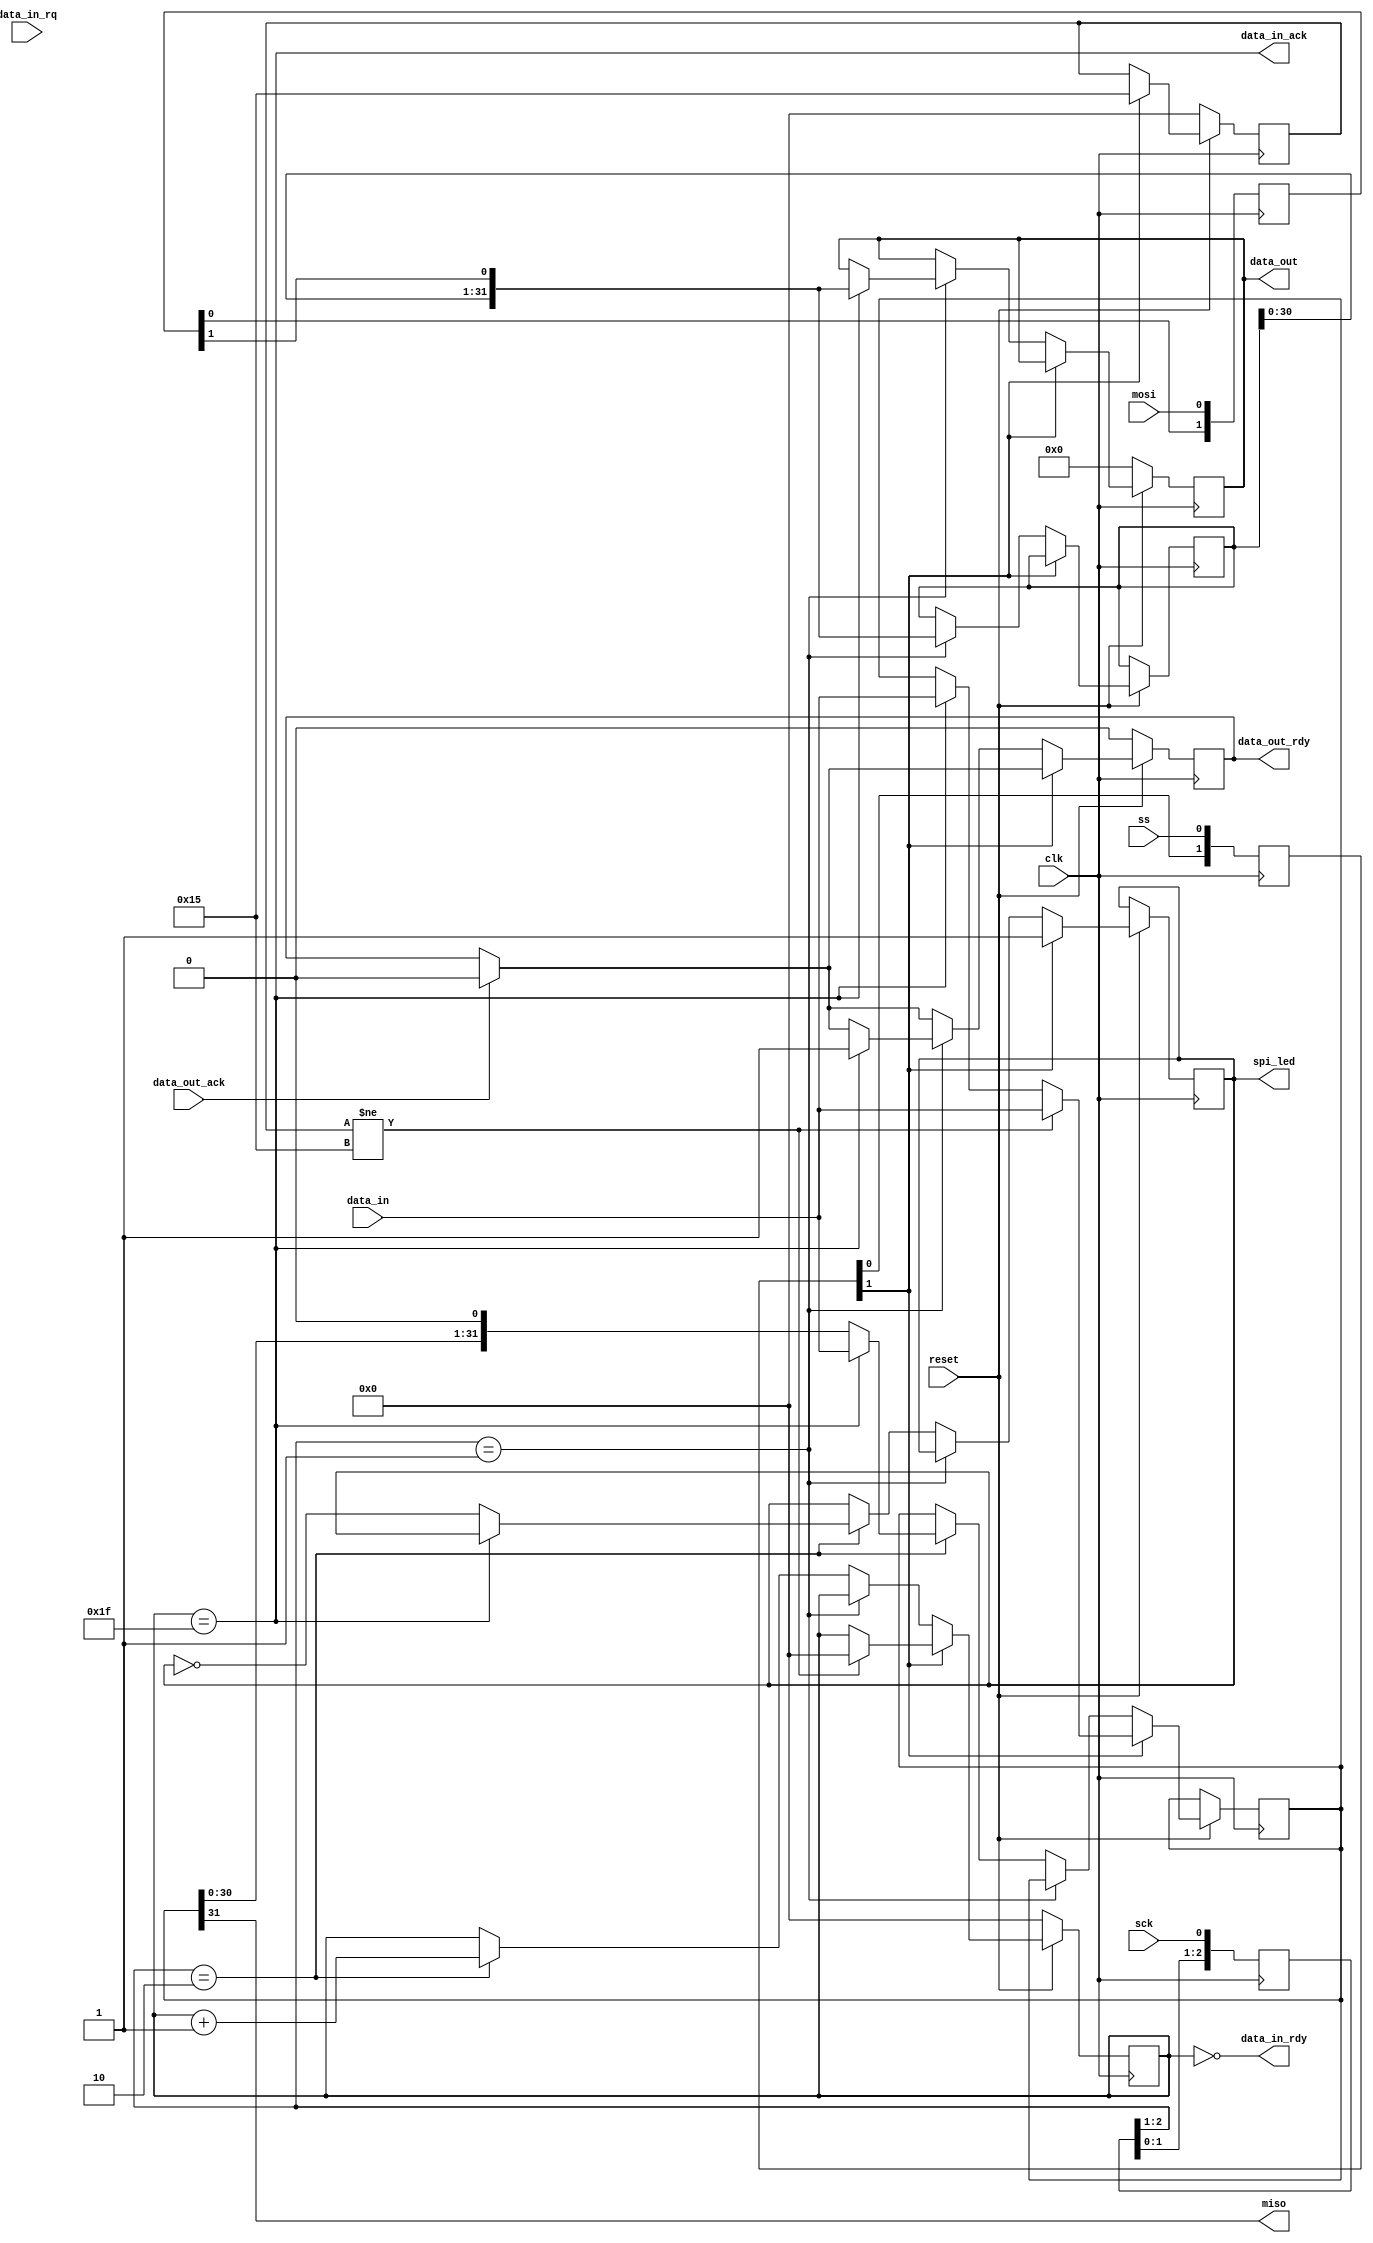
module spi_wrapper(
                   input             clk,
                   input             reset,
                   
                   // SPI signals
                   input             mosi,
                   input             ss,
                   input             sck,

                   output            miso,

                   // Input stream
                   input [31:0]      data_in,
                   output            data_in_rdy, // When ready to send data
                   output            data_in_ack, // data_in was consumed
                   input             data_in_rq, // Data send requested        

                   // Output stream
                   output reg [31:0] data_out,
                   output reg        data_out_rdy, // Word received
                   input             data_out_ack, // consumed  
                   output reg        spi_led
                   );

   reg [2:0]                     SCKr;  
   always @(posedge clk) SCKr <= {SCKr[1:0], sck};
   wire                          SCK_risingedge = (SCKr[2:1]==3'b01); 
   wire                          SCK_fallingedge = (SCKr[2:1]==2'b10);
   
   reg [2:0]                     SSELr; 
   always @(posedge clk) SSELr <= {SSELr[1:0], ss};
   wire                          SSEL_active = ~SSELr[1];
   wire                          SSEL_startmessage = (SSELr[2:1]==2'b10);
   wire                          SSEL_endmessage = (SSELr[2:1]==2'b01);

   reg [1:0]                     MOSIr; 
   always @(posedge clk) MOSIr <= {MOSIr[0], mosi};
   wire                          MOSI_data = MOSIr[1];

   reg [4:0]                     bitcnt;
   reg [3:0]                     bitcnt_b;
   reg [31:0]                    word_data_received;
  
   reg [2:0]                     bytecnt;

   reg [4:0]                     started;
   
   reg [31:0] echo;
   // Receiving
   always @(posedge clk)
     if (!reset) begin
        started <= 0;
        echo <= 0;
        data_out <= 0;
        data_out_rdy <= 0;
        bitcnt <= 0;
        bytecnt <= 0;
        bitcnt_b <= 0;
     end else
       begin
          if (data_out_ack) data_out_rdy <= 0;
          if(~SSEL_active) begin
             spi_led <= 1;
             bitcnt_b <= 0;
             started <= 5'b10101;
             if (started != 5'b10101) begin
                bitcnt <= 0;
                word_data_sent <= data_in;
             end else
               if (bitcnt == 5'b11111)  word_data_sent <= data_in;
          end else
            if(SCK_risingedge)
              begin
                 
                 word_data_received <= {word_data_received[30:0], MOSI_data};
                 
                 if(bitcnt==5'b11111) begin 
                    data_out <= {word_data_received[30:0], MOSI_data};
                    data_out_rdy <= 1;
                 end
              end else // if (SCK_risingedge)
                if (SCK_fallingedge) begin
                   
                   if(bitcnt==5'b11111) begin
                      word_data_sent <= data_in;
                   end else begin
                      spi_led <= ~spi_led;
                      word_data_sent <= {word_data_sent[30:0], 1'b0};
                   end
                   bitcnt <= bitcnt + 1;
                   bitcnt_b <= bitcnt_b + 1;
                end
       end // always @ (posedge clk)
   
   always @(posedge clk)
     if(SSEL_active && SCK_fallingedge && bitcnt == 0) bytecnt <= 0;
     else
       if(SSEL_active && SCK_fallingedge && bitcnt_b == 3'b111) bytecnt <= bytecnt + 1; 
   
   // Sending
   reg [31:0] cnt;
   always @(posedge clk) if(SSEL_startmessage) cnt<=cnt+1;
   
   reg [31:0] word_data_sent;
   
   assign data_in_rdy = bitcnt == 5'b00000; // ready to send a new word
   assign data_in_ack = bitcnt == 5'b11111; // done sending
  
   assign miso = word_data_sent[31]; 
   
endmodule